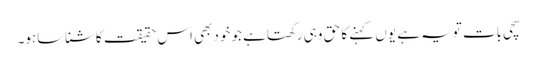
سچی بات تویہ ہے یوں کہنے کا حق وہی رکھتاہے جو خودبھی اس حقیقت کاشناساہو۔